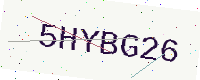
Text: 5HYBG26